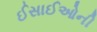
ઈસાઈઓની